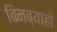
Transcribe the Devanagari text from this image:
बिनब्याही